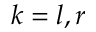
k = l , r